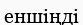
еншіңді